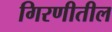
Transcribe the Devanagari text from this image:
गिरणीतील